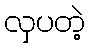
လှပတဲ့